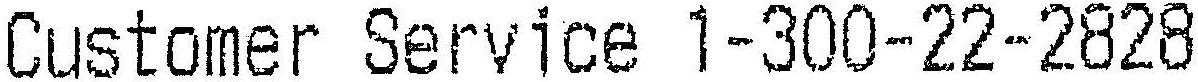
CUSTOMER SERVICE 1-300-22-2828